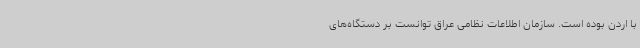
با اردن بوده است. سازمان اطلاعات نظامی عراق توانست بر دستگاه‌های